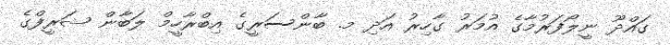
ގައްދޫ ނީލޯފަރުމާގެ އުމަރު ގާހިރު އަދި މ. ބާންސަރީގެ އިބްރާހީމް ލަބާން ޝަރީފްގެ